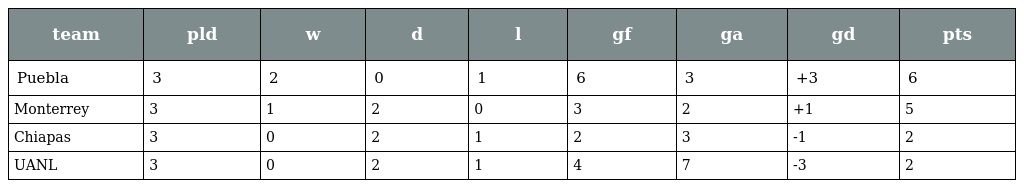
| team | pld | w | d | l | gf | ga | gd | pts |
 | --- | --- | --- | --- | --- | --- | --- | --- | --- |
 | Puebla | 3 | 2 | 0 | 1 | 6 | 3 | +3 | 6 |
 | Monterrey | 3 | 1 | 2 | 0 | 3 | 2 | +1 | 5 |
 | Chiapas | 3 | 0 | 2 | 1 | 2 | 3 | -1 | 2 |
 | UANL | 3 | 0 | 2 | 1 | 4 | 7 | -3 | 2 |